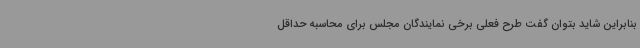
بنابراین شاید بتوان گفت طرح فعلی برخی نمایندگان مجلس برای محاسبه حداقل